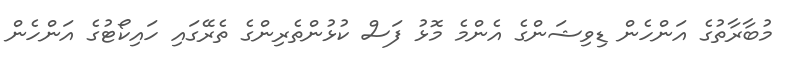
މުބާރާތުގެ އަންހެން ޑިވިޝަންގެ އެންމެ މޮޅު ފަސް ކުޅުންތެރިންގެ ތެރޭގައި ހައިކޯޓުގެ އަންހެން